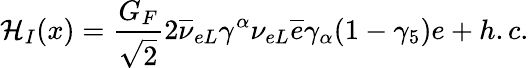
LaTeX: {\cal H}_{I}(x)=\frac{G_{F}}{\sqrt{2}}2\overline{{{\nu}}}_{{e}L}\gamma^{\alpha}\nu_{{e}L}\overline{{{e}}}\gamma_{\alpha}(1-\gamma_{5})e+h.c.